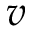
v